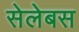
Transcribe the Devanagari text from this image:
सेलेबस